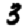
Digit: 3